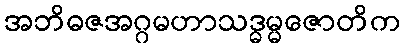
အဘိဓဇအဂ္ဂမဟာသဒ္ဓမ္မဇောတိက